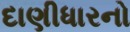
દાણીધારનો